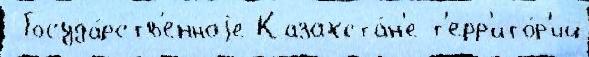
 Госуда́рств'енноjе Казахста́н'е т'ерр'ито́р'ий